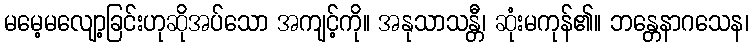
မမေ့မလျော့ခြင်းဟုဆိုအပ်သော အကျင့်ကို။ အနုသာသန္တီ၊ ဆုံးမကုန်၏။ ဘန္တေနာဂသေန၊